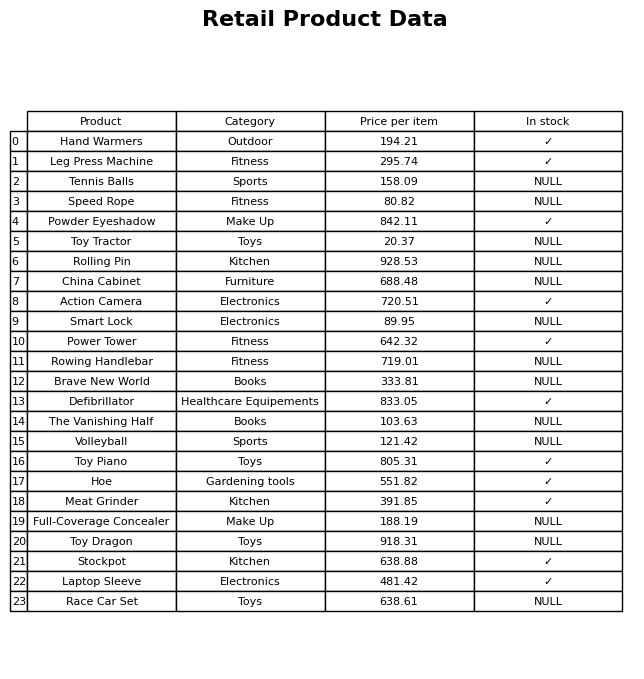
question: What is the price of the Powder Eyeshadow?
answer: The price of Powder Eyeshadow is 842.11.